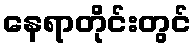
နေရာတိုင်းတွင်